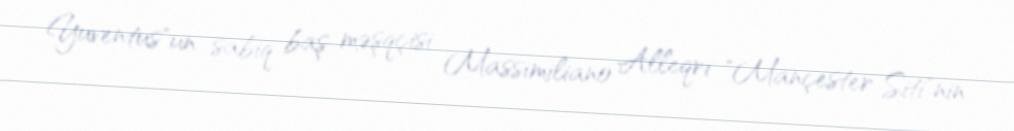
Yuventus"un sabiq baş məşqçisi Massimiliano Alleqri "Mançester Siti"nin